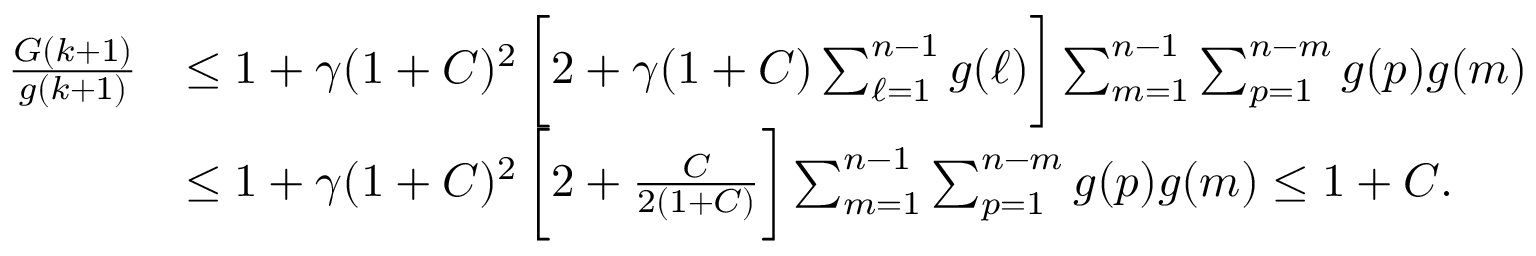
\begin{array} { r l } { \frac { G ( k + 1 ) } { g ( k + 1 ) } } & { \le 1 + \gamma ( 1 + C ) ^ { 2 } \, \bigg [ 2 + \gamma ( 1 + C ) \sum _ { \ell = 1 } ^ { n - 1 } g ( \ell ) \bigg ] \sum _ { m = 1 } ^ { n - 1 } \sum _ { p = 1 } ^ { n - m } g ( p ) g ( m ) } \\ & { \le 1 + \gamma ( 1 + C ) ^ { 2 } \, \bigg [ 2 + \frac { C } { 2 ( 1 + C ) } \bigg ] \sum _ { m = 1 } ^ { n - 1 } \sum _ { p = 1 } ^ { n - m } g ( p ) g ( m ) \le 1 + C . } \end{array}